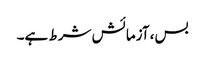
بس، آزمائش شرط ہے۔